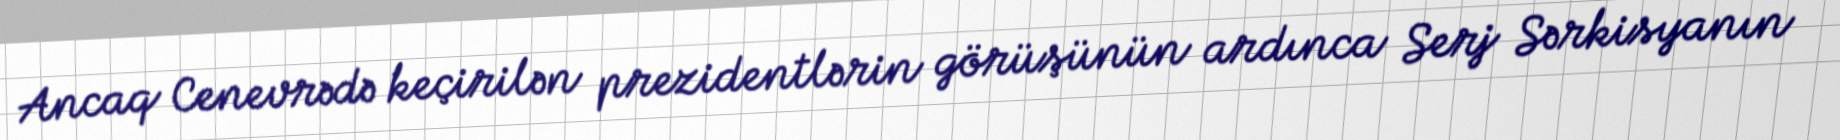
Ancaq Cenevrədə keçirilən prezidentlərin görüşünün ardınca Serj Sərkisyanın